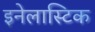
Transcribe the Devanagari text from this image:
इनेलास्टिक